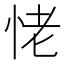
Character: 恅